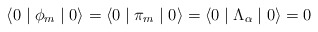
\begin{align*}\langle 0 \mid \phi_{m} \mid 0 \rangle = \langle 0 \mid \pi_{m} \mid 0 \rangle = \langle 0 \mid \Lambda_{\alpha} \mid 0 \rangle = 0\end{align*}